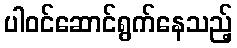
ပါဝင်ဆောင်ရွက်နေသည့်